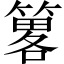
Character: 𥳂